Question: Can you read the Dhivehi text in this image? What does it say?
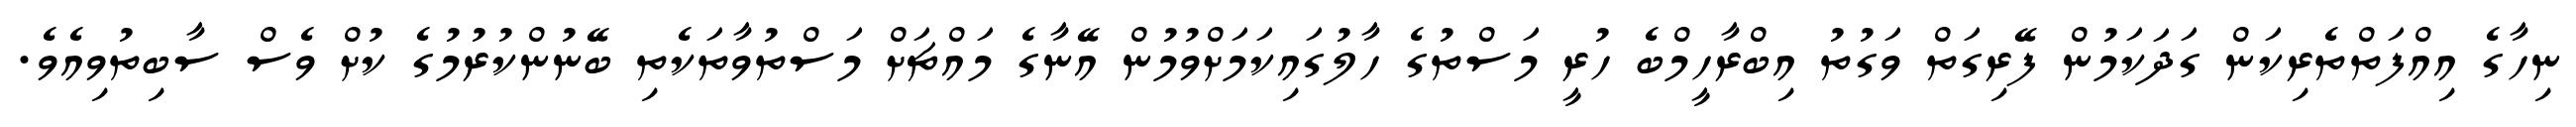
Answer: ނިހާގެ އިއްފަތްތެރިކަން ގަދަކަމުން ފޭރިގަތް ވަގުތު އިބްރާހީމްބެ ހުރީ މަސްތުގެ ހާލުގައިކަމަށްވުމުން އޭނާގެ މައްޗަށް މަސްތުވާތަކެތި ބޭނުންކުރުމުގެ ކުށް ވެސް ސާބިތުވިއެވެ.